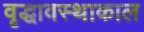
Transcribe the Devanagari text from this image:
वृद्धावस्थाकाल